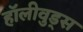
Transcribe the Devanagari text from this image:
हॉलीवुड्स